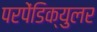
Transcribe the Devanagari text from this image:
परपेंडिक्युलर